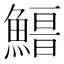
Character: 𩺏